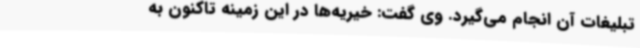
تبلیغات آن انجام می‌گیرد. وی گفت: خیریه‌ها در این زمینه تاکنون به